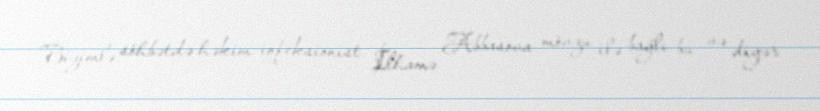
Bizimlə söhbətdə həkim-infeksionist İlhamə Abbasova mövzu ilə bağlı bu və digər